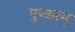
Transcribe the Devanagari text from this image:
पुष्करम्‌